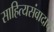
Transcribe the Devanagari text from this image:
साहित्यसंवादाचे